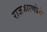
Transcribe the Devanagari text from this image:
राजकारणप्रेमी